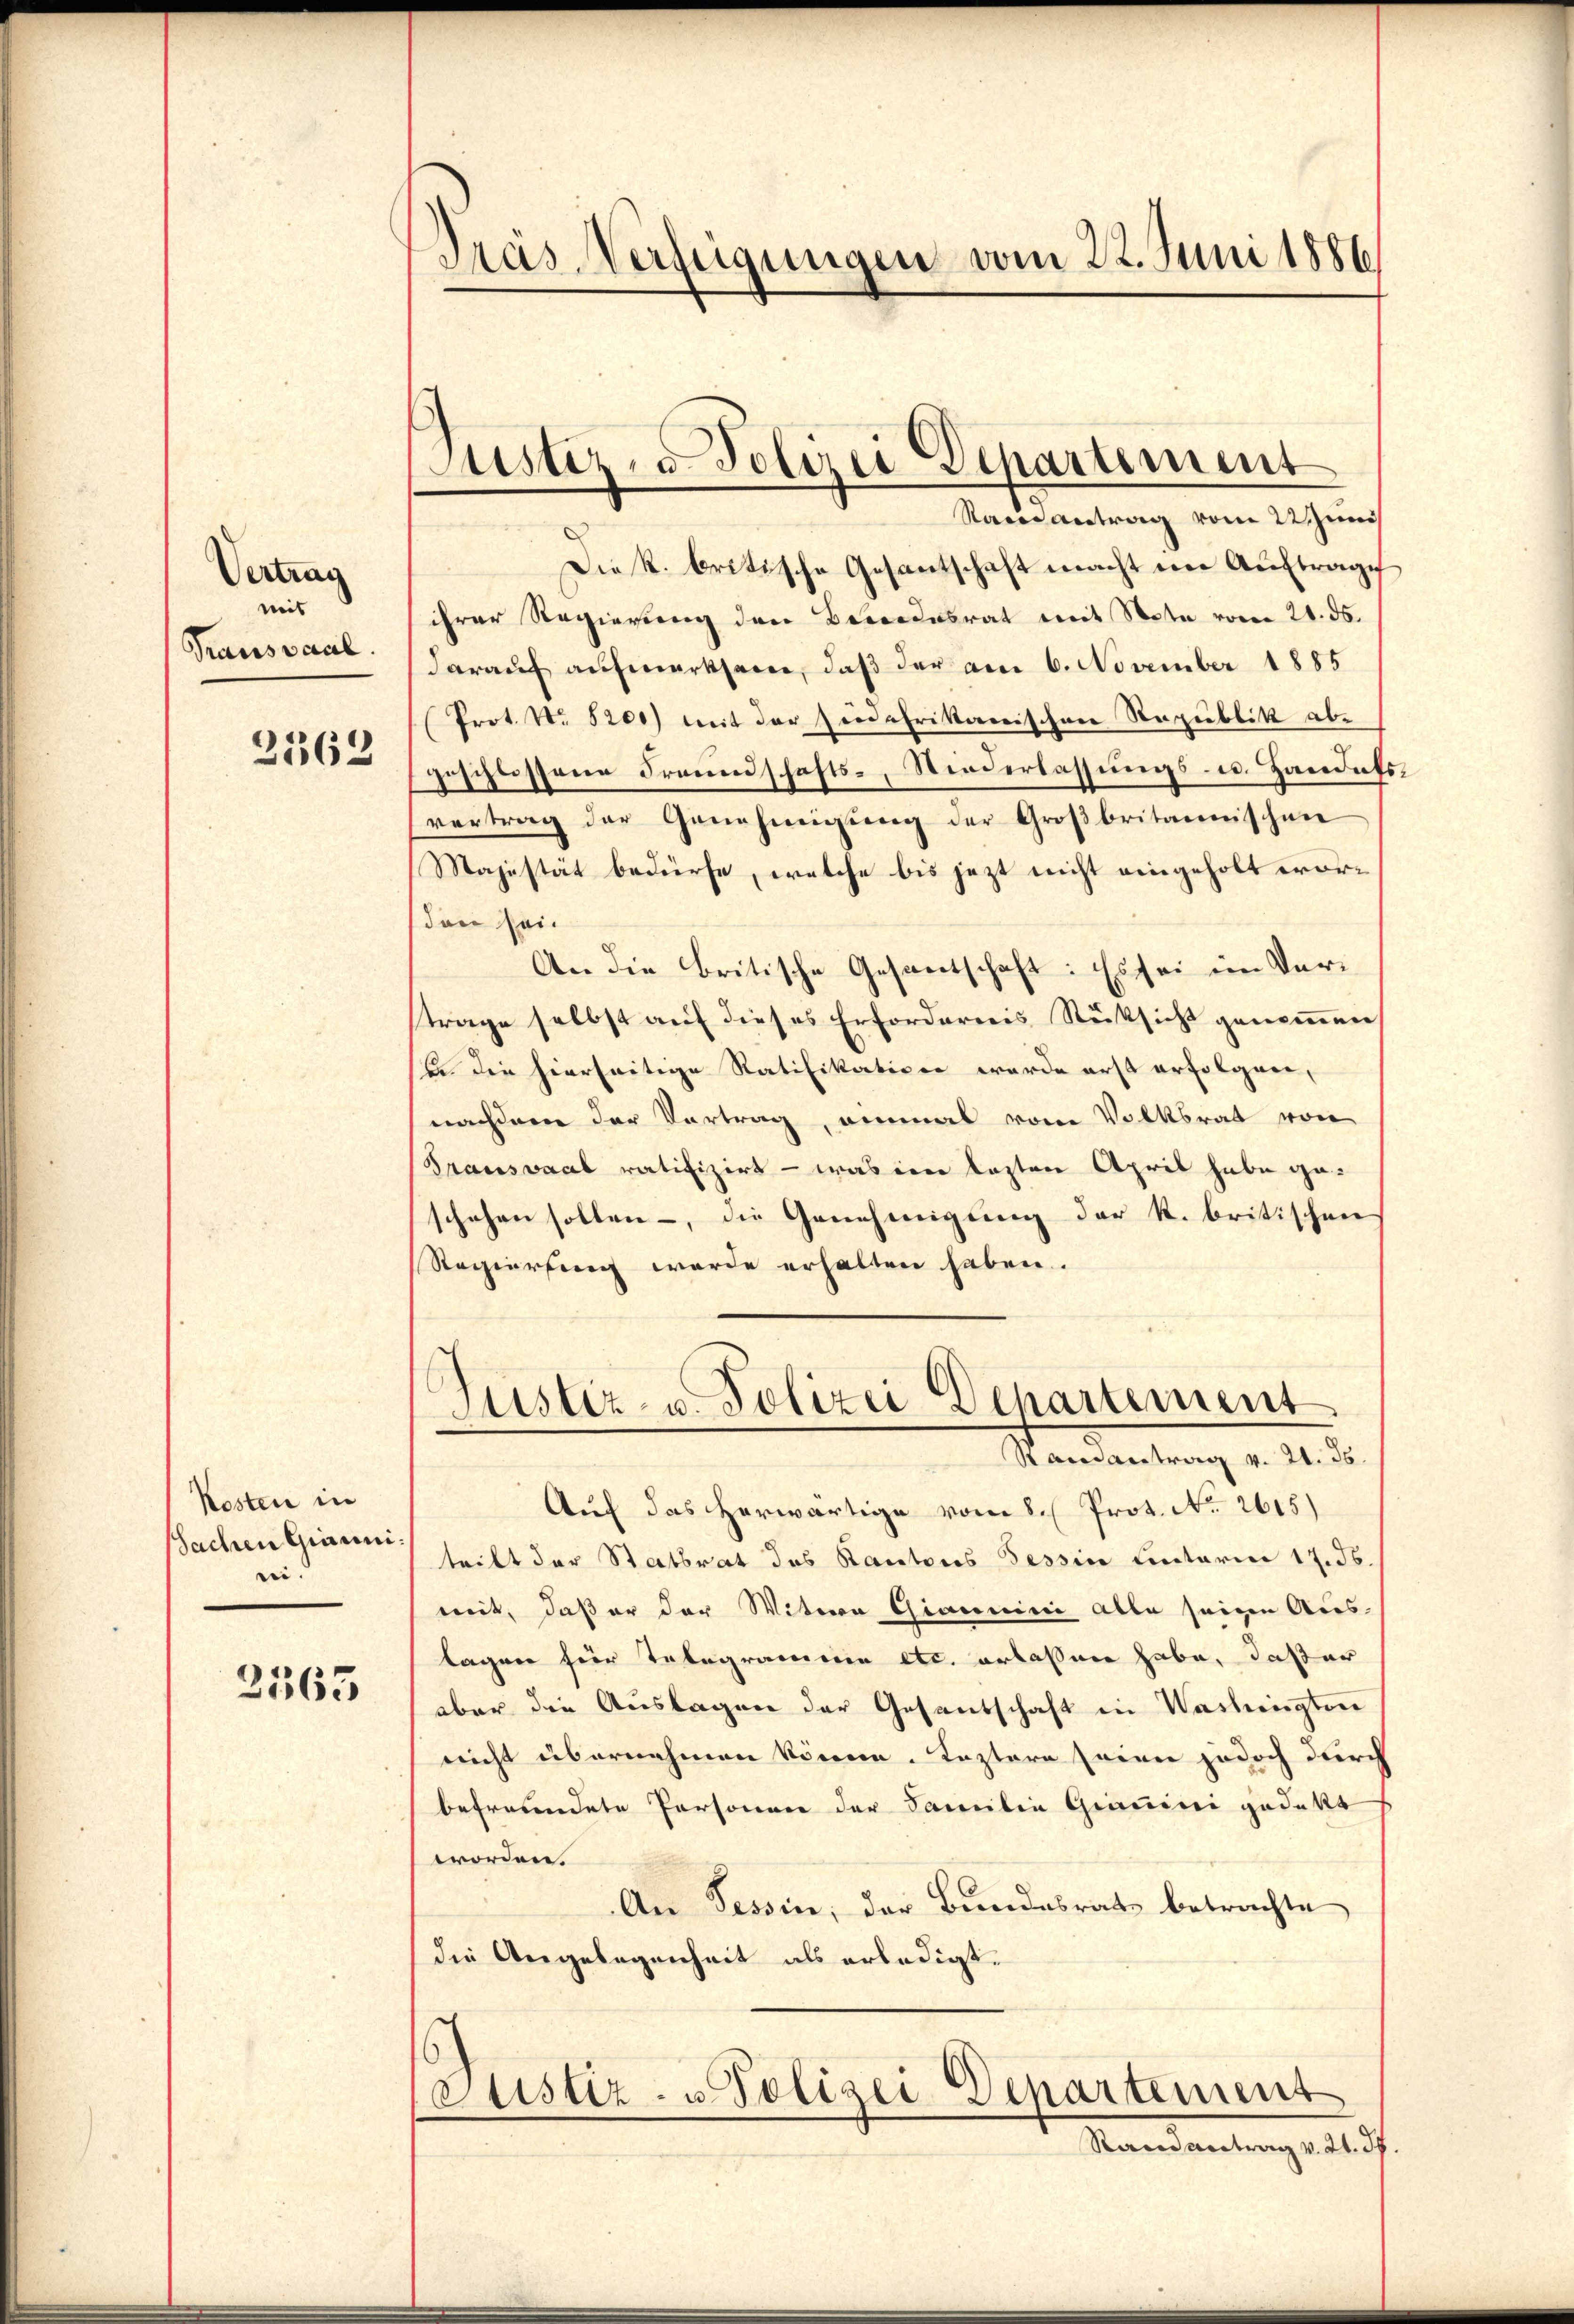
Vertrag
mit
Traussaal.
2362

Kosten in
Sachen Gianniei.

2563

Tras Verfügungen vom 22. Juni 1886

Justiz- & Polizei Departement
Rai antrag vom 22 zun

Die k. britische Gesantschaft macht im Auftrage
ihrer Regierung den Bewendesrat mit Note vom 21. ds.
darauf aufmerksam, daß der am 6. November 1885
Prot. Nr. 5200) mit der findehrikanischen Republik abgeschlossene Freundschafts-, Niederlassungs- u. Handes
vertrag der Genehmigŭng der Großbritannischen
Majestät bedürfe, welche bis jezt nicht eingeholt worden sei.
An die britische Gesantschaft: Es sei im Vertrage selbst auf dieses Erfordereris Rücksicht genommen
be die hierseitige Ratifikatione wurde erst erfolgren,
nachdem der Vortrag, einmal vom Volksrat von
Transsaal ratifizirt — was eine lezten April habe geschehen sollen -, die Genehmigung der R. britischen
Regierung wurde erhalten haben.
Justiz- u. Polizei Departement
Samantrag v. 21. 36.
Auf das herwärtige vom 8. Prot. No. 2615)
tritt der Statsrat des Kantons Tessin Centarii 17. ds.
mit, daß er der Witwe Giannini alle seine Aus-
lagen hier Telegramme etc. erlassen habe, daß er
aber die Auslagen der Gesantschaft in Washingten
nicht übernehmen können. Kastere seien jedoch durch
befreundete Personen der Familie Grimini gedekt
worden.
An Tessin, der Bundesrats betrachte
die Angelegenheit als erledigt.
Justiz- u. Polizei Departement
Randantrag v. 21. d